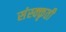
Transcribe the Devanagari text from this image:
संस्क्कृती